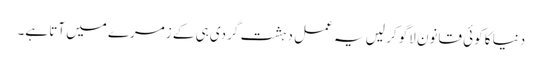
دنیا کا کوئی قانون لاگو کر لیں یہ عمل دہشت گردی ہی کے زمرے میں آتا ہے۔